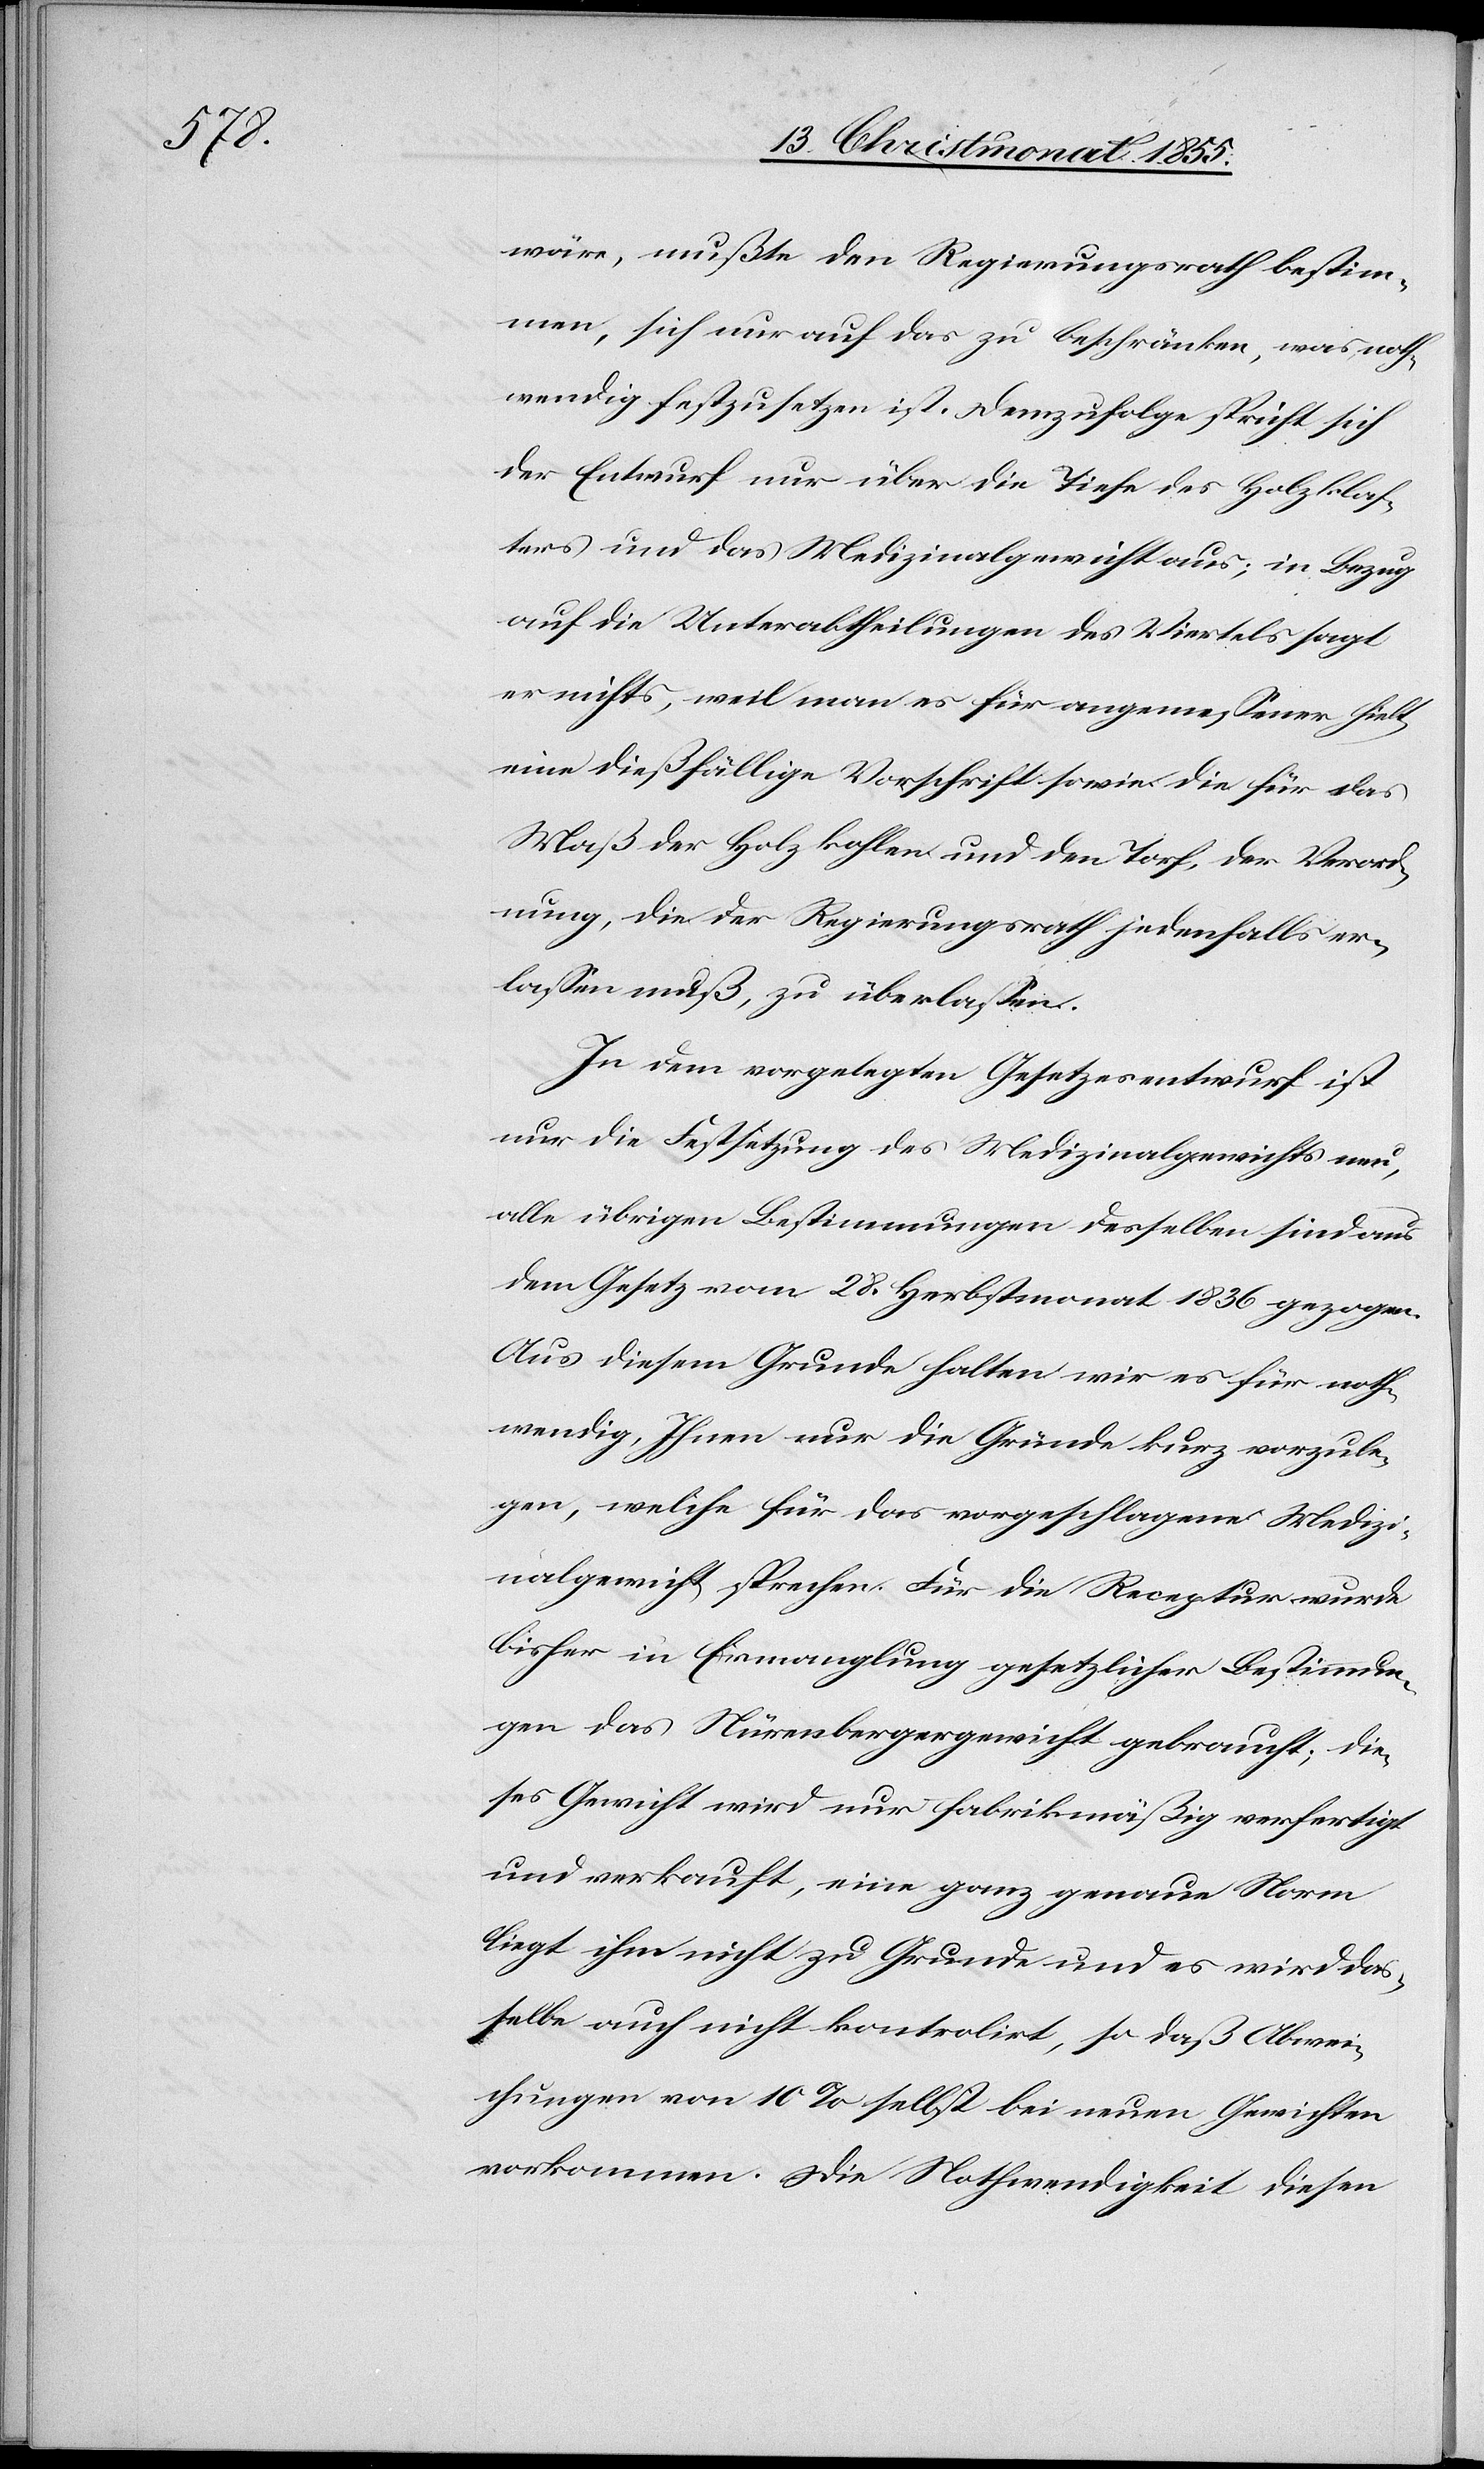
wäre, mußte den Regierungsrath bestim¬
men, sich nur auf das zu beschränken, was noth¬
wendig festzusetzen ist. Demzufolge spricht sich
der Entwurf nur über die Tiefe des Holzklaf¬
ters und das Medizinalgewicht aus; in Bezug
auf die Unterabtheilungen des Viertels sagt
er nichts, weil man es für angemessener hielt
eine dießfällige Vorschrift sowie die für das
Maß der Holzkohlen und den Torf, der Verord¬
nung, die der Regierungsrath jedenfalls er¬
lassen muß, zu überlassen.
In dem vorgelegten Gesetzesentwurf ist
nur die Festsetzung des Medizinalgewichts neu,
alle übrigen Bestimmungen desselben sind aus
dem Gesetz vom 28. Herbstmonat 1836 gezogen.
Aus diesem Grunde halten wir es für noth¬
wendig, Ihnen nur die Gründe kurz vorzule¬
gen, welche für das vorgeschlagene Medizi¬
nalgewicht sprechen. Für die Receptur wurde
bisher in Ermanglung gesetzlicher Bestimmun¬
gen das Nürenbergergewicht gebraucht; die¬
ses Gewicht wird nur fabrikmäßig verfertigt
und verkauft, eine ganz genaue Norm
liegt ihm nicht zu Grunde und es wird das¬
selbe auch nicht kontrolirt, so daß Abwei¬
chungen von 10% selbst bei neuen Gewichten
vorkommen. Die Nothwendigkeit diesen